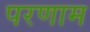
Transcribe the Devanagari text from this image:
परणाम